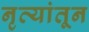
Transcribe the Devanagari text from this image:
नृत्यांतून